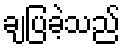
ချပြခဲ့သည်